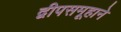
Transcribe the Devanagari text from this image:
द्वीपसमूहाने